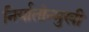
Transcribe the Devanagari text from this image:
निर्यातोन्मुखी